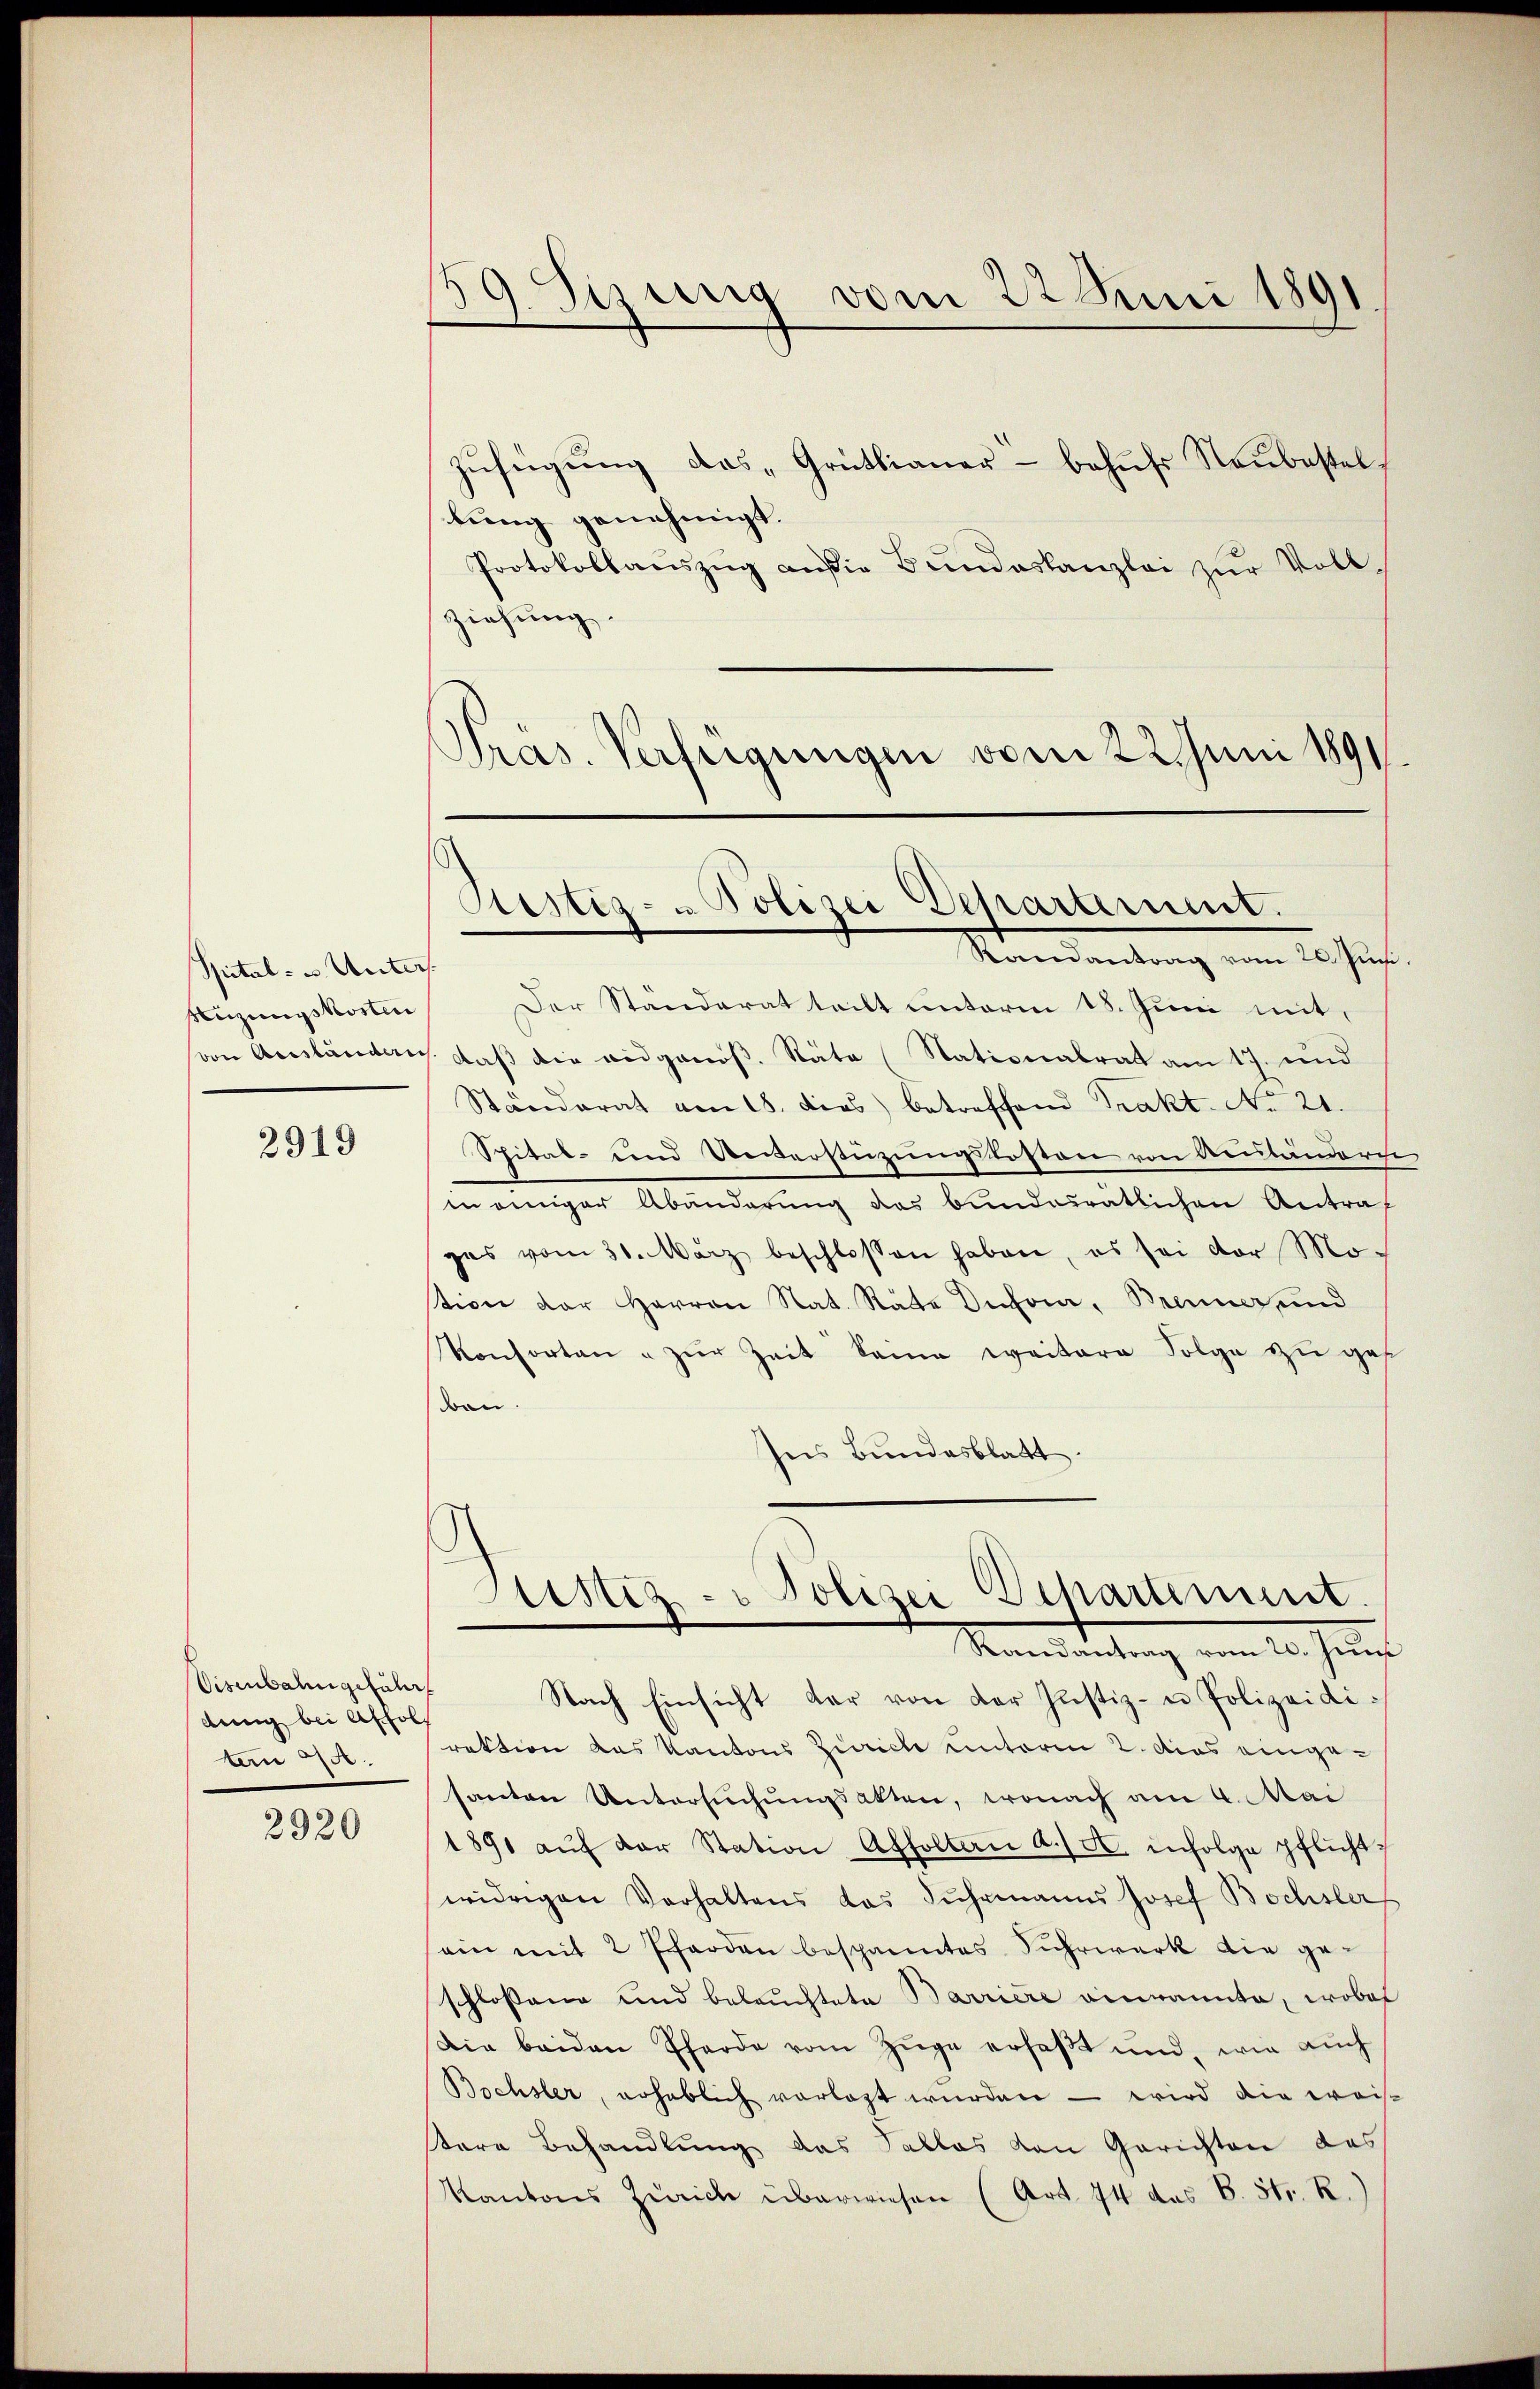
Spital- u. Unters.
Hizungskosten

2919

Eisenbahngeführ
dung bei Affol
An 700.

2920

Zŭfügŭng des "Grüttianer- behŭfs Neŭbestel
bung genehmigt.
Protokollauszug an die Bundeskanzlei zur Vollziehung.
Präs. Verfügungen vom 22. Juni 1891

59. Sizung vom 22 Juni 1891.

Pertig - Polizei Scharterient.

Mandantung vom 20. Just
Der Standerat tritt unterm 18. Juni mit,
von Anständen. daβ die eidgenöβ. Räte (Stationalrat am 17. und
Ständerat am 18. dies betreffend Trakt No 21.
Spital- und Unverstüzungskosten von Aeubänder
 Abänderung das bundesrätlichen Antraf
gas vom 31. März beschlossen haben, es sei vor Mo-
tion der Herren Nat. Stäte Dufour, Brenner, und
Konsorten u zŭr Zeit keine weitere Folge zu ges
ben.
seis Bundesblatt.
Justiz - Polizei Departement.
Mandantung vom 12. Jenn
Nach Einsicht dar von der Justiz- u Polizeidirektion das Kantons Zürich unterm 2. dies eingesanton Untersuchungsakten, wonach am 4. Mai
1891 aŭf der Station Affoltern d. A. infolge pflicht,
widrigen Verhaltens das Fŭhrmanns Josef Bochsler,
ein mit 2 Pferden bespanntes Fuhrwerk die geschlossene und beleuchtete Barriere einmannte, wobei
Die beiden Pferde vom Züge erfaßt und, wie auch
Bochsler, erheblich vorlast wurden — wird die weis
tere Behandlung das Falles von Gerichten des
Kantons Zürich überwiesen (Art. 74 des B. Str. R.